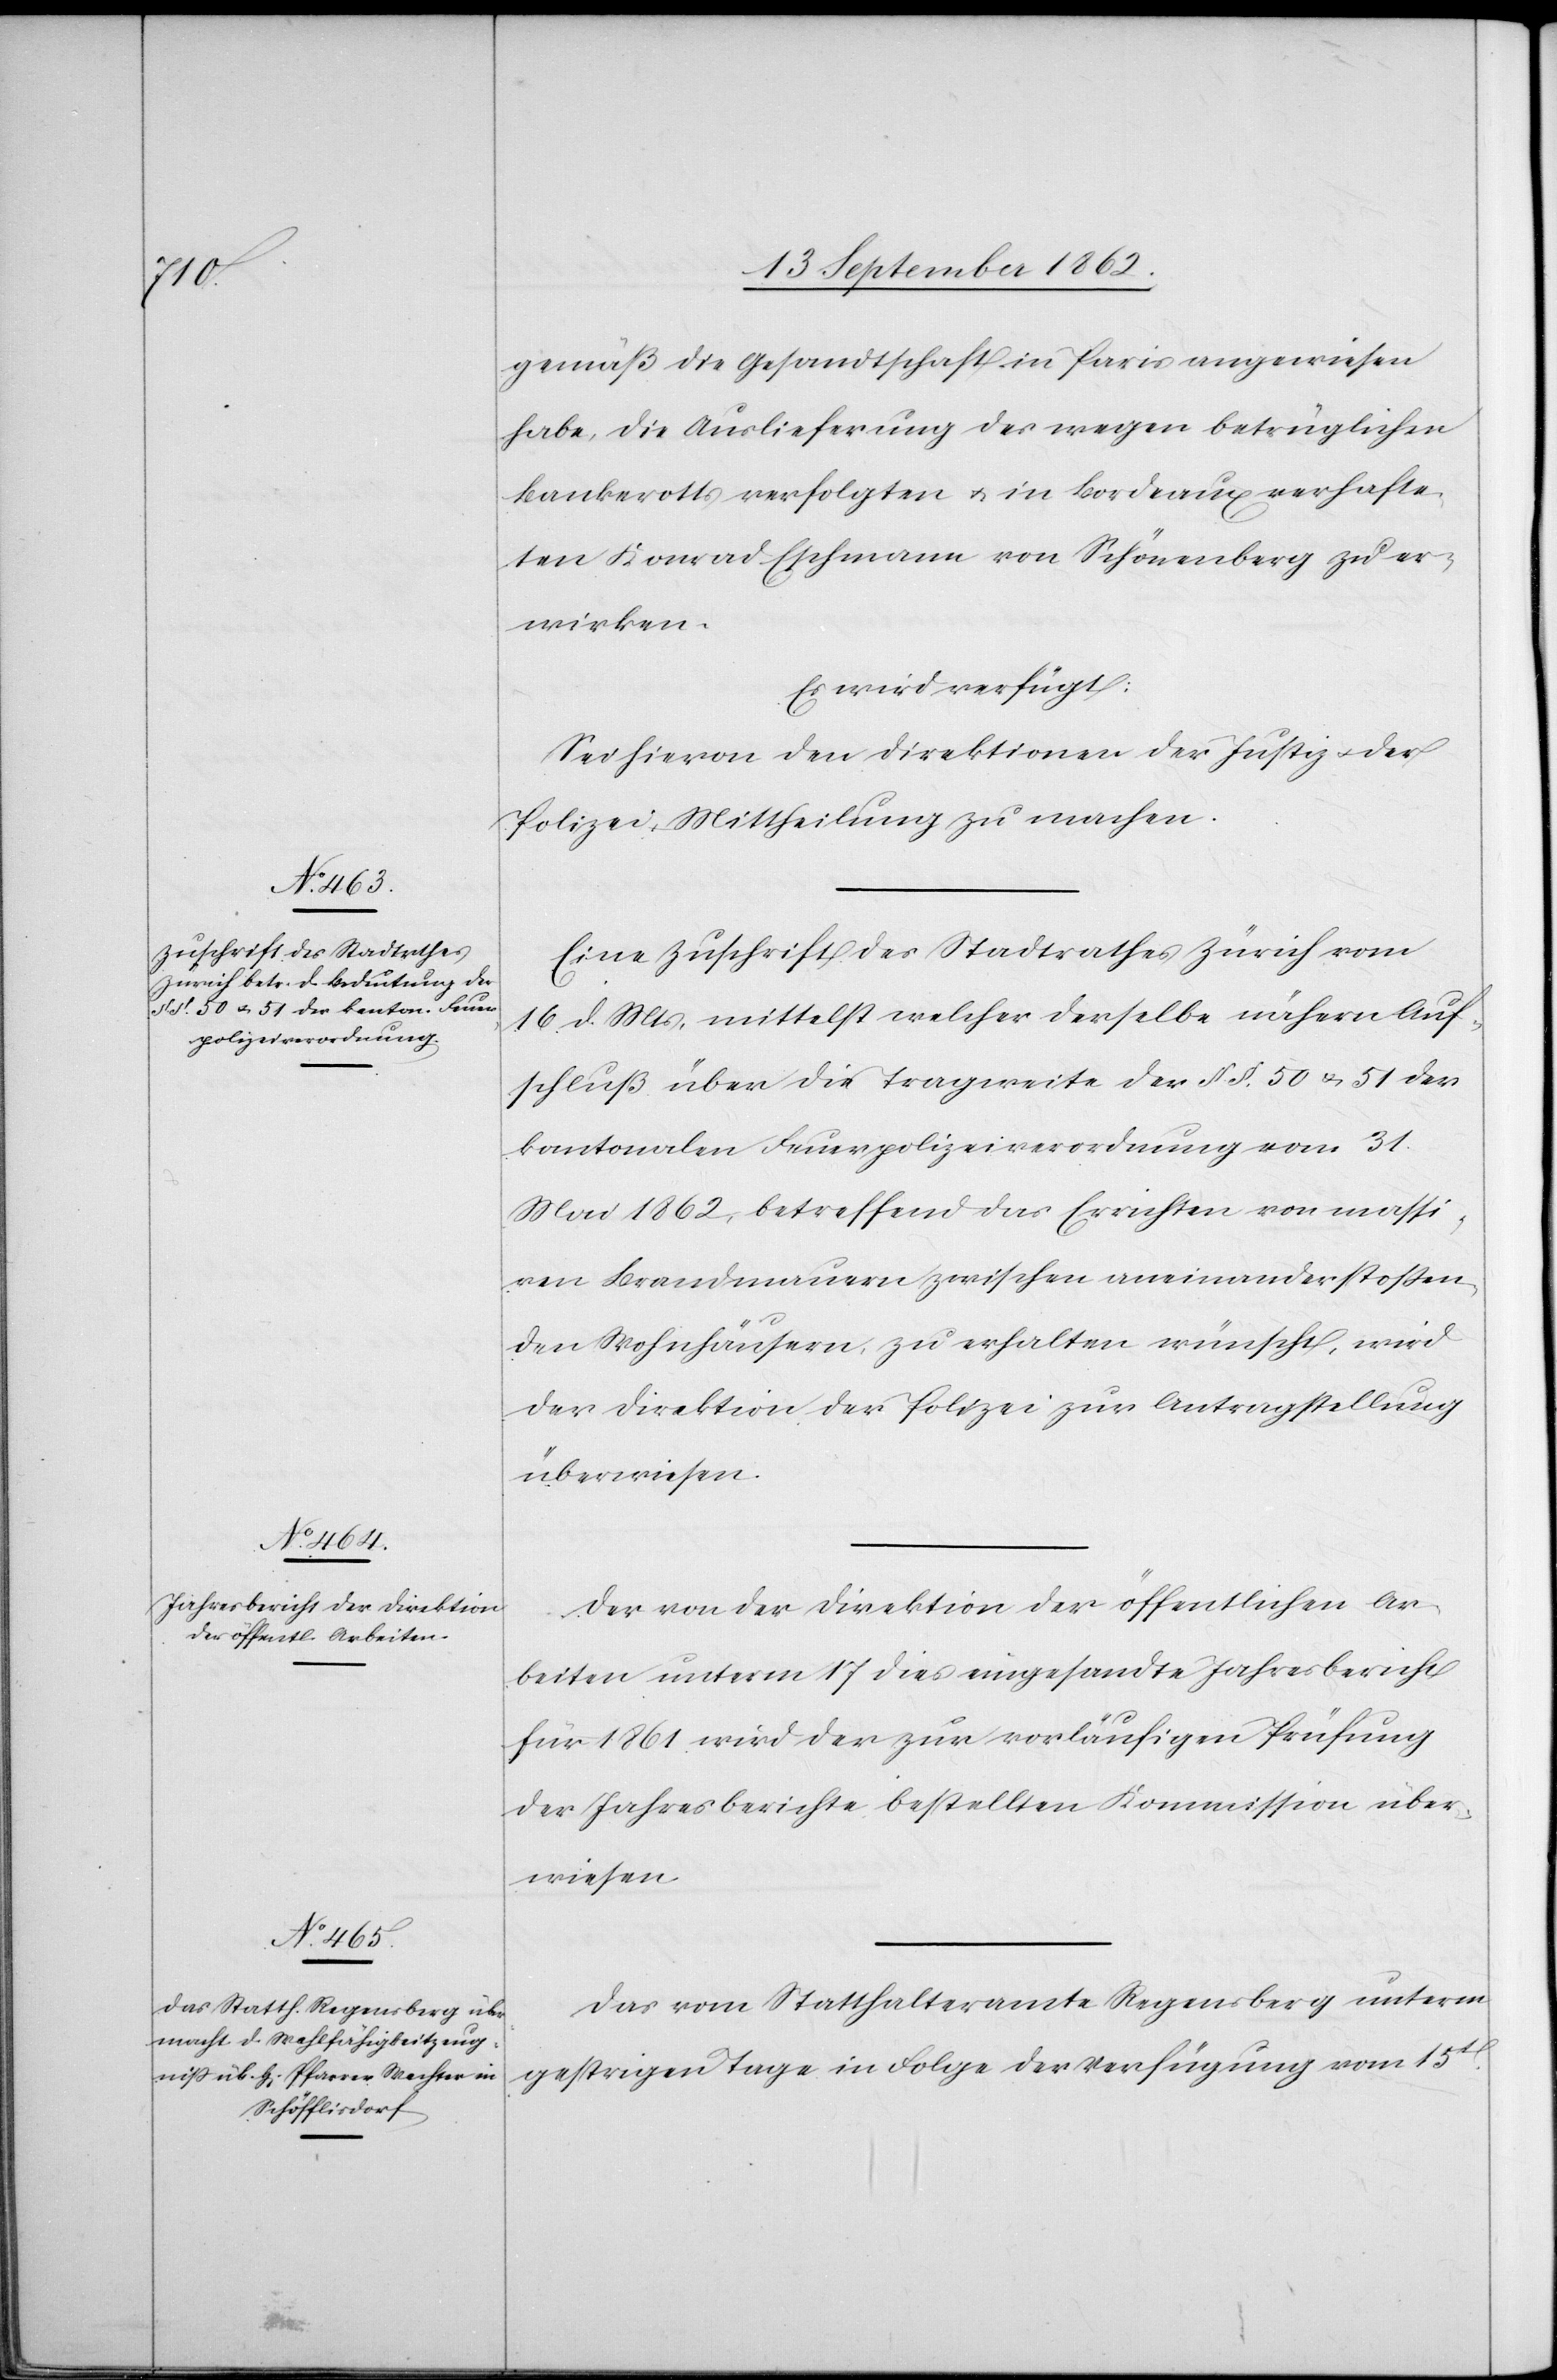
19. September 1862.]
gemäß die Gesandtschaft in Aris angewiesen
habe, die Auslieferung des wegen betrüglichen
Bankerotts verfolgten u. in Bordeaux verhafte¬
ten Konrad Eschmann von Schönenberg zu er¬
wirken.
Es wird verfügt:
Sei hievon den Direktionen der Justiz u. der
Polizei Mittheilung zu machen.
Eine Zuschrift des Stadtrathes Zürich vom
16. d. Mts., mittelst welcher derselbe nähern Auf¬
schluß über die Tragweite der §§. 50 u. 51 der
kantonalen Feuerpolizeiverordnung vom 31.
Mai 1862, betreffend das Errichten von massi¬
ven Brandmauern zwischen aneinanderstoßen¬
den Wohnhäusern, zu erhalten wünscht, wird
der Direktion der Polizei zur Antragstellung
überwiesen.
Der von der Direktion der öffentlichen Ar¬
beiten unterm 17. dies eingesandte Jahresbericht
für 1861 wird der zur vorläufigen Prüfung
der Jahresberichte bestellten Kommission über¬
wiesen.
Das vom Statthalteramte Regensberg unterm
gestrigen Tage in Folge der Verfügung vom 15t